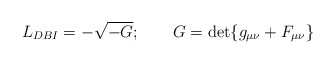
\begin{align*}L_{DBI}=-\sqrt{-G};\qquad G=\det\{g_{\mu \nu }+F_{\mu \nu }\} \end{align*}